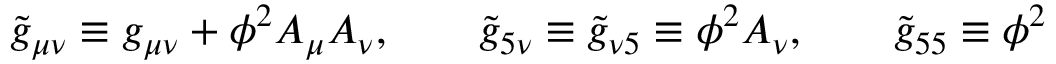
{ \widetilde { g } } _ { \mu \nu } \equiv g _ { \mu \nu } + \phi ^ { 2 } A _ { \mu } A _ { \nu } , \qquad { \widetilde { g } } _ { 5 \nu } \equiv { \widetilde { g } } _ { \nu 5 } \equiv \phi ^ { 2 } A _ { \nu } , \qquad { \widetilde { g } } _ { 5 5 } \equiv \phi ^ { 2 }